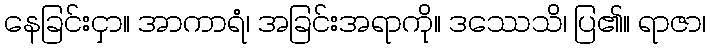
နေခြင်းငှာ။ အာကာရံ၊ အခြင်းအရာကို။ ဒဿေသိ၊ ပြ၏။ ရာဇာ၊